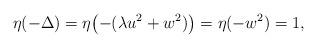
LaTeX: \begin{align*} \eta(-\Delta) = \eta\bigl(-(\lambda u^2+w^2)\bigr) = \eta(-w^2) = 1,\end{align*}